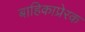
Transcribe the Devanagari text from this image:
बाहिकाप्रेरक